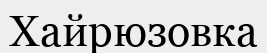
Хайрюзовка